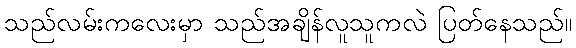
သည်လမ်းကလေးမှာ သည်အချိန်လူသူကလဲ ပြတ်နေသည်။